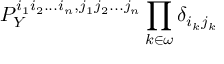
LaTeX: P _ { Y } ^ { i _ { 1 } i _ { 2 } . . . i _ { n } , j _ { 1 } j _ { 2 } . . . j _ { n } } \prod _ { k \in \omega } \delta _ { i _ { k } j _ { k } }